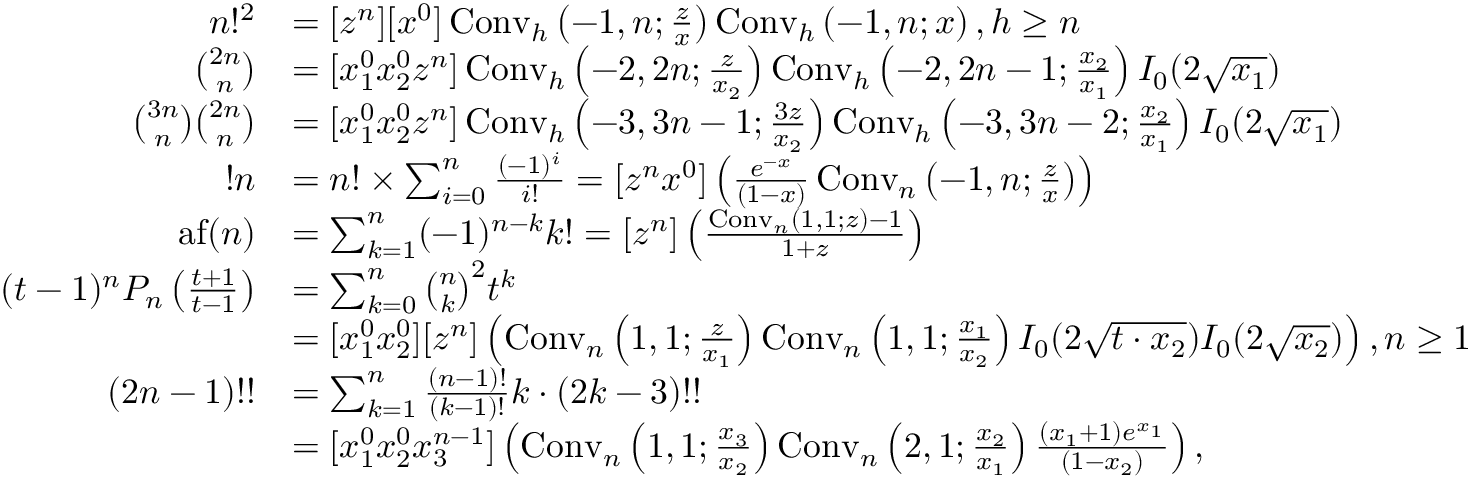
{ \begin{array} { r l } { n ! ^ { 2 } } & { = [ z ^ { n } ] [ x ^ { 0 } ] \operatorname { C o n v } _ { h } \left( - 1 , n ; { \frac { z } { x } } \right) \operatorname { C o n v } _ { h } \left( - 1 , n ; x \right) , h \geq n } \\ { { \binom { 2 n } { n } } } & { = [ x _ { 1 } ^ { 0 } x _ { 2 } ^ { 0 } z ^ { n } ] \operatorname { C o n v } _ { h } \left( - 2 , 2 n ; { \frac { z } { x _ { 2 } } } \right) \operatorname { C o n v } _ { h } \left( - 2 , 2 n - 1 ; { \frac { x _ { 2 } } { x _ { 1 } } } \right) I _ { 0 } ( 2 { \sqrt { x _ { 1 } } } ) } \\ { { \binom { 3 n } { n } } { \binom { 2 n } { n } } } & { = [ x _ { 1 } ^ { 0 } x _ { 2 } ^ { 0 } z ^ { n } ] \operatorname { C o n v } _ { h } \left( - 3 , 3 n - 1 ; { \frac { 3 z } { x _ { 2 } } } \right) \operatorname { C o n v } _ { h } \left( - 3 , 3 n - 2 ; { \frac { x _ { 2 } } { x _ { 1 } } } \right) I _ { 0 } ( 2 { \sqrt { x _ { 1 } } } ) } \\ { ! n } & { = n ! \times \sum _ { i = 0 } ^ { n } { \frac { ( - 1 ) ^ { i } } { i ! } } = [ z ^ { n } x ^ { 0 } ] \left( { \frac { e ^ { - x } } { ( 1 - x ) } } \operatorname { C o n v } _ { n } \left( - 1 , n ; { \frac { z } { x } } \right) \right) } \\ { \operatorname { a f } ( n ) } & { = \sum _ { k = 1 } ^ { n } ( - 1 ) ^ { n - k } k ! = [ z ^ { n } ] \left( { \frac { \operatorname { C o n v } _ { n } ( 1 , 1 ; z ) - 1 } { 1 + z } } \right) } \\ { ( t - 1 ) ^ { n } P _ { n } \left( { \frac { t + 1 } { t - 1 } } \right) } & { = \sum _ { k = 0 } ^ { n } { \binom { n } { k } } ^ { 2 } t ^ { k } } \\ & { = [ x _ { 1 } ^ { 0 } x _ { 2 } ^ { 0 } ] [ z ^ { n } ] \left( \operatorname { C o n v } _ { n } \left( 1 , 1 ; { \frac { z } { x _ { 1 } } } \right) \operatorname { C o n v } _ { n } \left( 1 , 1 ; { \frac { x _ { 1 } } { x _ { 2 } } } \right) I _ { 0 } ( 2 { \sqrt { t \cdot x _ { 2 } } } ) I _ { 0 } ( 2 { \sqrt { x _ { 2 } } } ) \right) , n \geq 1 } \\ { ( 2 n - 1 ) ! ! } & { = \sum _ { k = 1 } ^ { n } { \frac { ( n - 1 ) ! } { ( k - 1 ) ! } } k \cdot ( 2 k - 3 ) ! ! } \\ & { = [ x _ { 1 } ^ { 0 } x _ { 2 } ^ { 0 } x _ { 3 } ^ { n - 1 } ] \left( \operatorname { C o n v } _ { n } \left( 1 , 1 ; { \frac { x _ { 3 } } { x _ { 2 } } } \right) \operatorname { C o n v } _ { n } \left( 2 , 1 ; { \frac { x _ { 2 } } { x _ { 1 } } } \right) { \frac { ( x _ { 1 } + 1 ) e ^ { x _ { 1 } } } { ( 1 - x _ { 2 } ) } } \right) , } \end{array} }